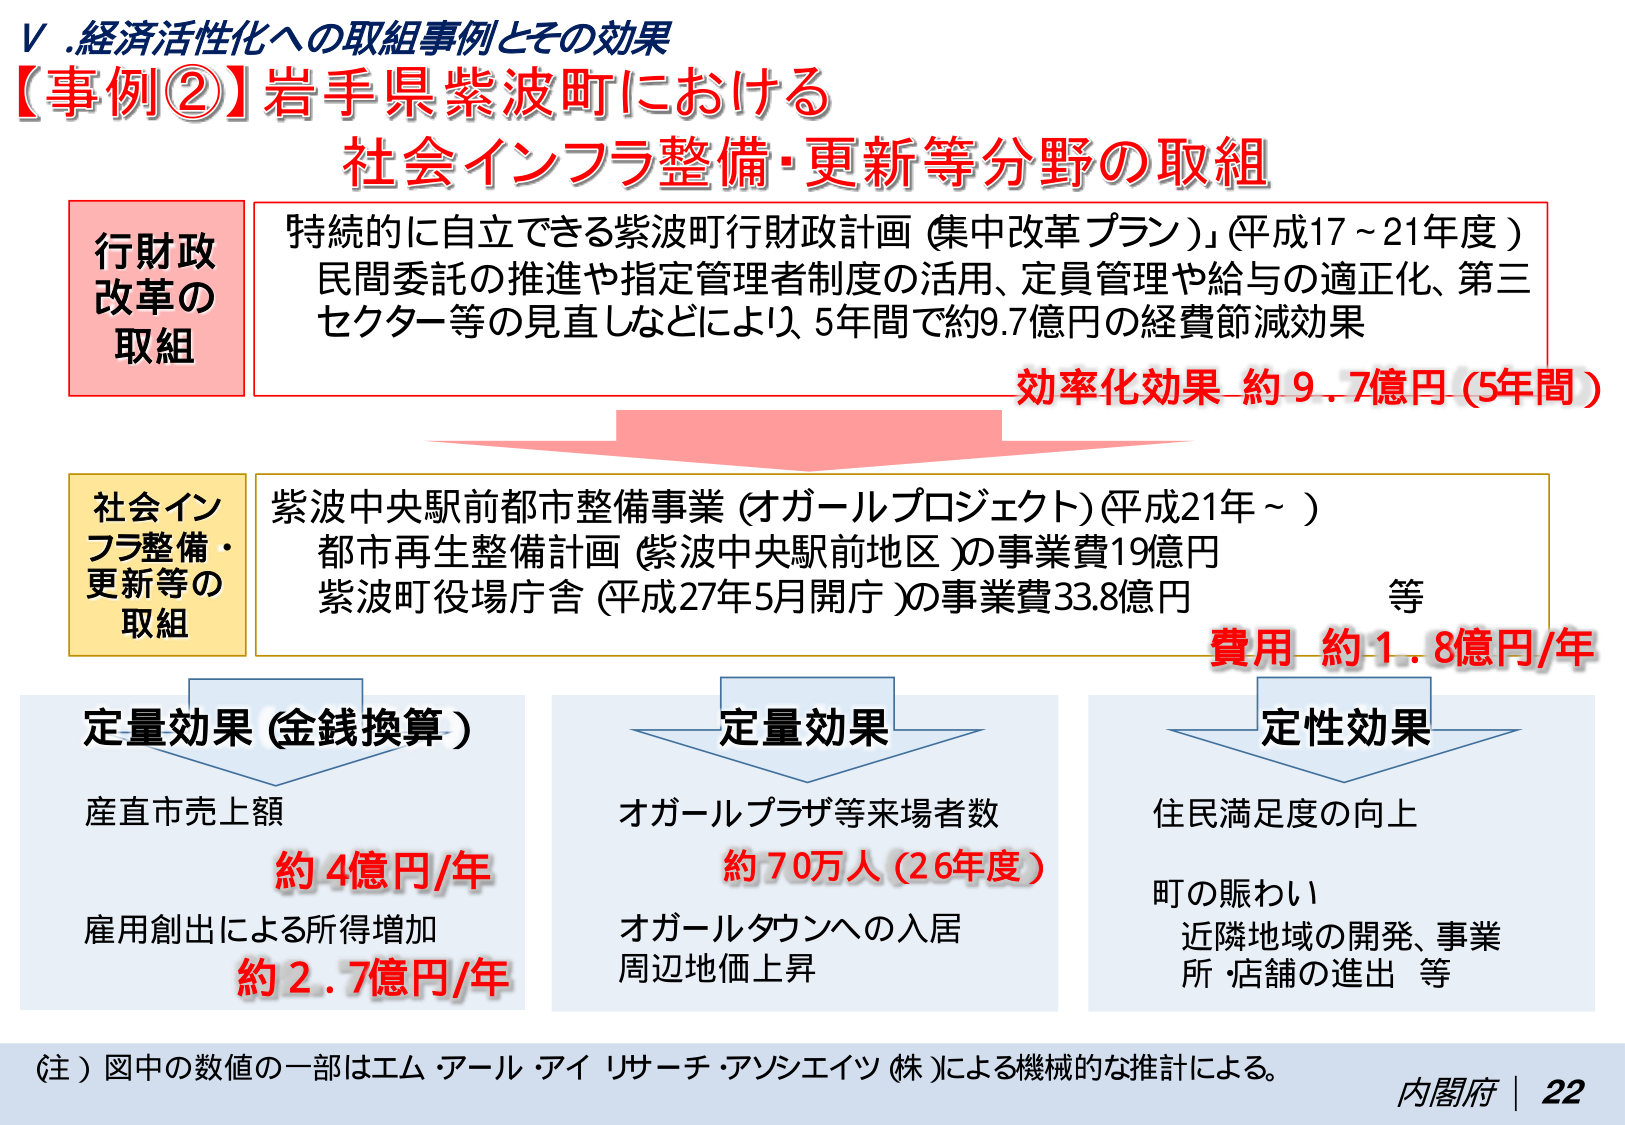
Ⅴ.経済活性化への取組事例とその効果
【事例②】岩手県紫波町における
社会インフラ整備・更新等分野の取組

行財政改革の取組
特続的に自立できる紫波町行財政計画（集中改革プラン）」（平成17～21年度）
民間委託の推進や指定管理者制度の活用、定員管理や給与の適正化、第三セクター等の見直しなどにより、5年間で約9.7億円の経費節減効果
効率化効果 約9.7億円（5年間）

社会インフラ整備・更新等の取組
紫波中央駅前都市整備事業（オガールプロジェクト）（平成21年～）
都市再生整備計画（紫波中央駅前地区）の事業費19億円
紫波町役場庁舎（平成27年5月開庁）の事業費33.8億円
等
費用 約1.8億円/年

定量効果（金銭換算）
産直市売上額
約4億円/年
雇用創出による所得増加
約2.7億円/年

定量効果
オガールプラザ等来場者数
約70万人（26年度）
オガールタウンへの入居
周辺地価上昇

定性効果
住民満足度の向上
町の賑わい
近隣地域の開発、事業所・店舗の進出 等

（注）図中の数値の一部はエム・アール・アイ リサーチ・アンシエイツ（株）による機械的な推計による。
内閣府 | 22